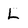
Character: L